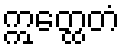
ဣတ္ထေတံ